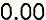
0.00